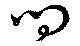
問